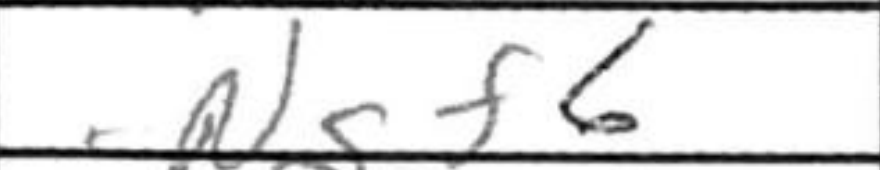
Transcription: Ngf6